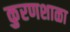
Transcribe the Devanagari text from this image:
कुरणशाळा